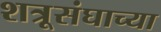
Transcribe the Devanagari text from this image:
शत्रूसंघाच्या